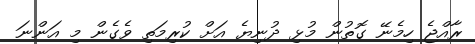
ރާއްޖެ ހިމެނޭ ގޮތުން މުޅި ދުނިޔެ އަށް ކުރިމަތި ވެގެން މި އަންނަ